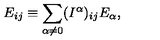
E _ { i j } \equiv \sum _ { \alpha \neq 0 } ( I ^ { \alpha } ) _ { i j } E _ { \alpha } ,